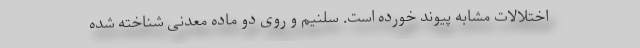
اختلالات مشابه پیوند خورده است. سلنیم و روی دو ماده معدنی شناخته شده